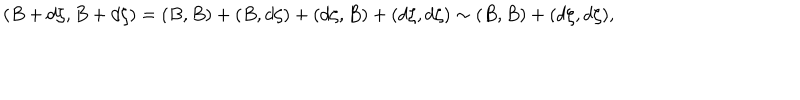
LaTeX: ( B + d \zeta , B + d \zeta ) = ( B , B ) + ( B , d \zeta ) + ( d \zeta , B ) + ( d \zeta , d \zeta ) \sim ( B , B ) + ( d \zeta , d \zeta ) ,